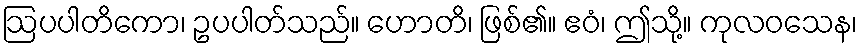
ဩပပါတိကော၊ ဥပပါတ်သည်။ ဟောတိ၊ ဖြစ်၏။ ဧဝံ၊ ဤသို့။ ကုလဝသေန၊